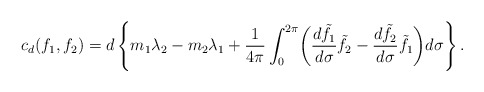
\begin{align*}c_d ( f_1 , f_2 ) = d\left\{ m_1 \lambda_2 - m_2 \lambda_1 + \frac{1}{4 \pi} \int_0^{2 \pi} \biggl( \frac{d \tilde{f}_1}{d \sigma} \tilde{f}_2 - \frac{d \tilde{f}_2}{d \sigma} \tilde{f}_1 \biggr) d \sigma \right\}. \end{align*}